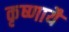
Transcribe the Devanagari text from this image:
कृष्णायै